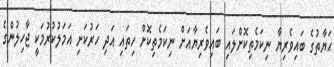
ޙަޔާތުގެ ބައިވެރިޔާ ނިކަމެތިކޮށްލައި ބައިވެރިޔާއަށް ނިކަމެތިކޮށް ހިތައި އަދި ހަރުކަށި އަމަލުކުރުމަކީ ޖާހިލުންގެ